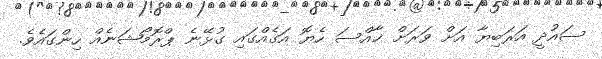
ސައުދީ އަރަބިޔާ އަށް ވަރަށް ޚާއްސަ ހެޔޮ އަގެއްގައި ގުޅޭނެ ޕްރޮމޯޝަނެއް ހިންގައެވެ.